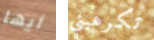
أيها تكرهيني